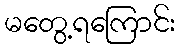
မတွေ့ရကြောင်း